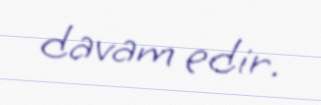
davam edir.